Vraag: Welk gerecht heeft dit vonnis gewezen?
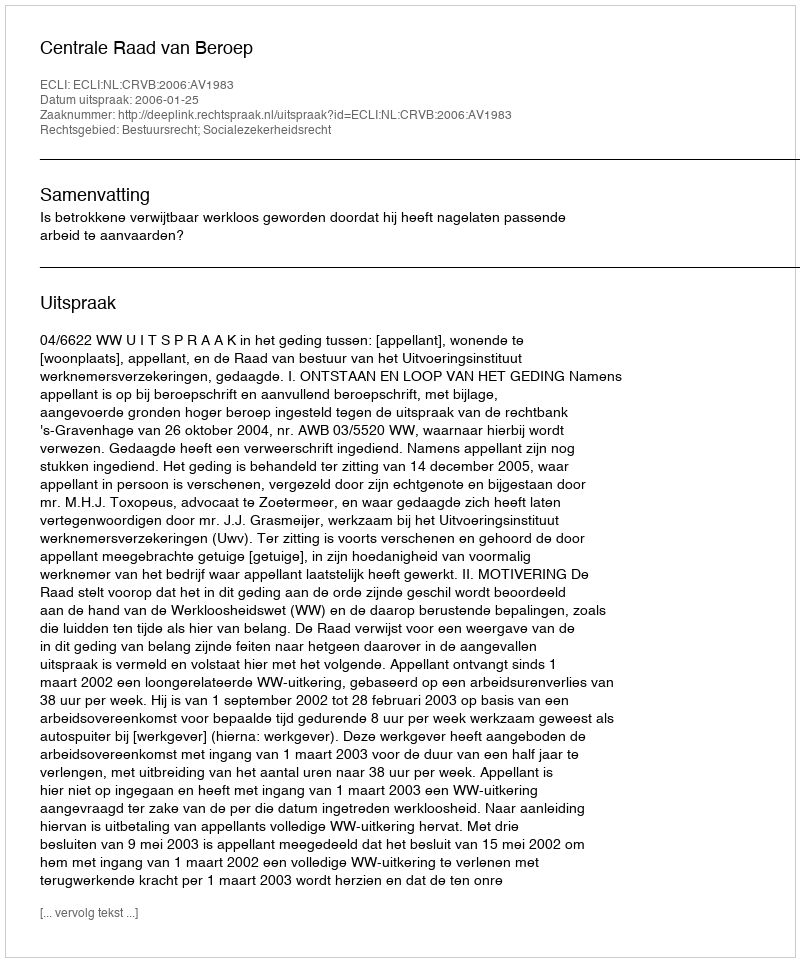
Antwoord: Centrale Raad van Beroep